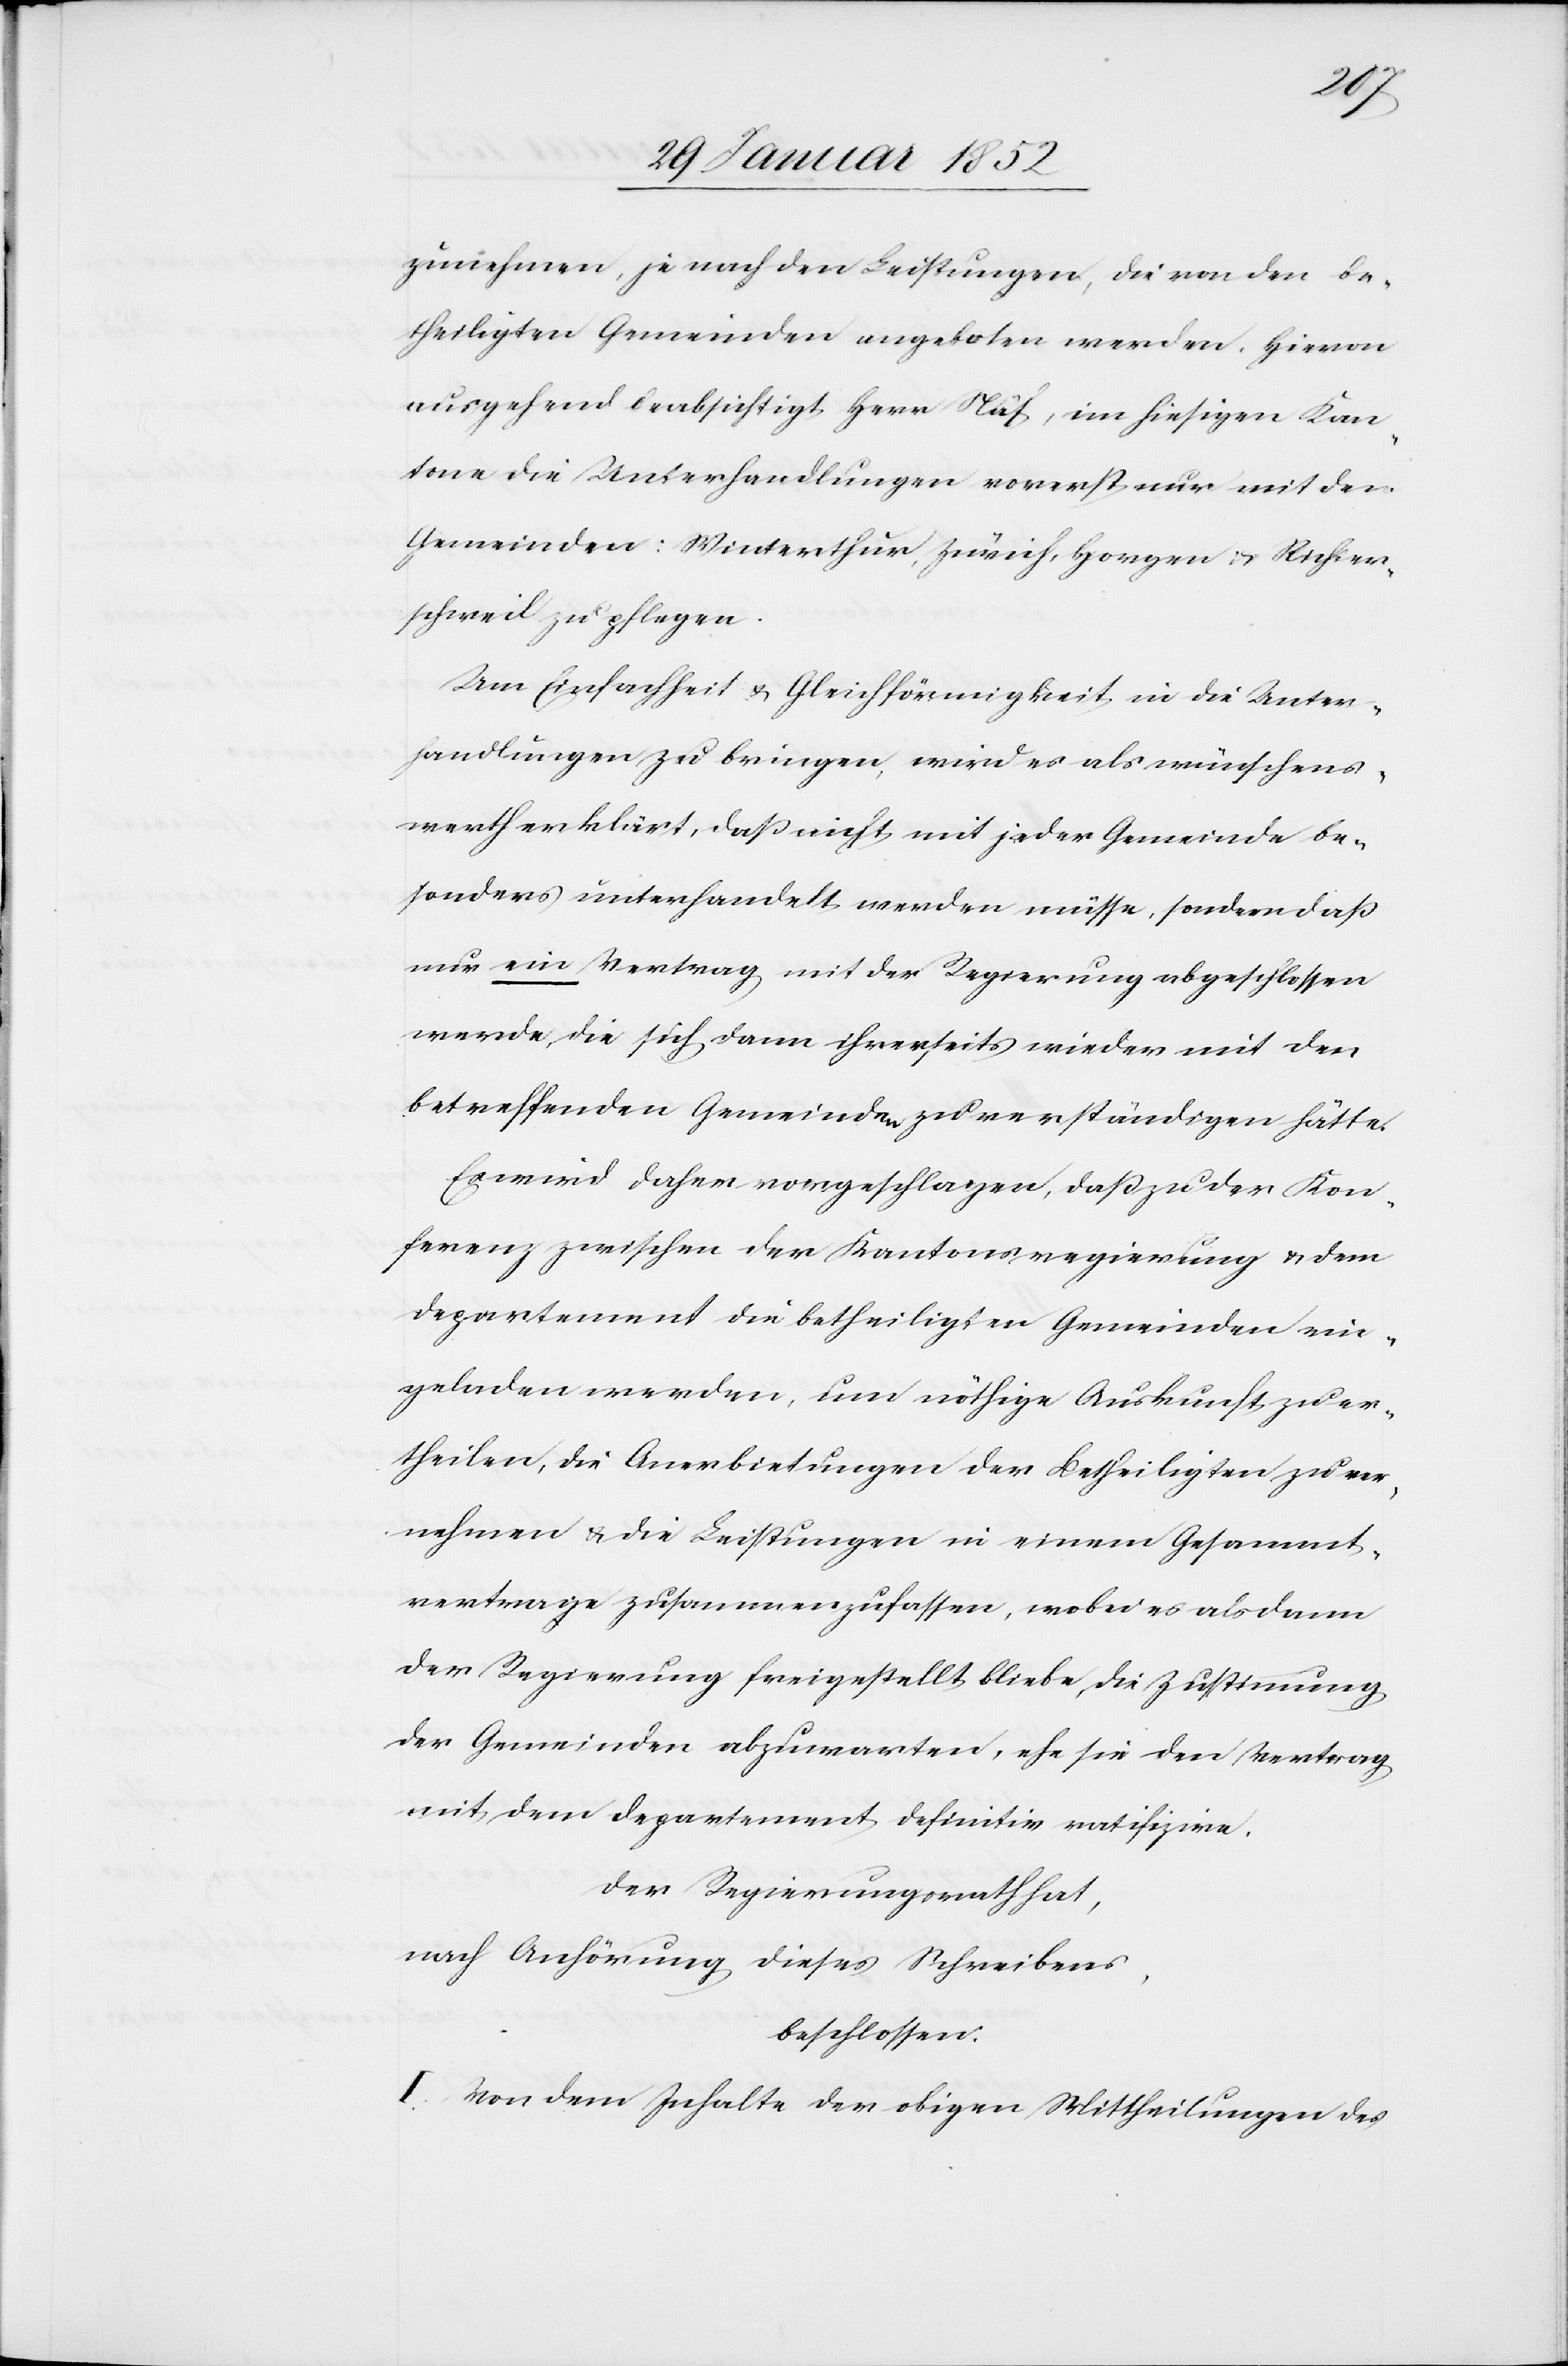
zunehmen, je nach den Leistungen, die von den be¬
theiligten Gemeinden angeboten werden. Hiervon
ausgehend beabsichtigt Herr Näf, im hiesigen Kan¬
tone die Unterhandlungen vorerst nur mit den
Gemeinden: Winterthur, Zürich, Horgen u. Richter¬
schweil zu pflegen.
Um Einfachheit u. Gleichförmigkeit in die Unter¬
handlungen zu bringen, wird es als wünschens¬
werth erklärt, daß nicht mit jeder Gemeinde be¬
sonders unterhandelt werden müsse, sondern daß
nur ein Vertrag mit der Regierung abgeschlossen
werde, die sich dann ihrerseits wieder mit den
betreffenden Gemeinden zu verständigen hätte.
Es wird daher vorgeschlagen, daß zu der Kon¬
ferenz zwischen der Kantonsregierung u. dem
Departement die betheiligten Gemeinden ein¬
geladen werden, um nöthige Auskunft zu er¬
theilen, die Anerbietungen der Betheiligten zu ver¬
nehmen u. die Leistungen in einem Gesammt¬
vertrage zusammenzufassen, wobei es alsdann
der Regierung freigestellt bliebe, die Zustimmung
der Gemeinden abzuwarten, ehe sie den Vertrag
mit dem Departement definitiv ratifizire.
Der Regierungsrath hat,
nach Anhörung dieses Schreibens,
beschlossen:
I. Von dem Inhalte der obigen Mittheilungen des